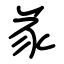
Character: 㒸